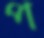
প